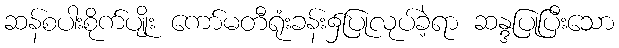
ဆန်စပါးစိုက်ပျိုး ကော်မတီရုံးခန်း၌ပြုလုပ်ခဲ့ရာ ဆန္ဒပြုပြီးသော